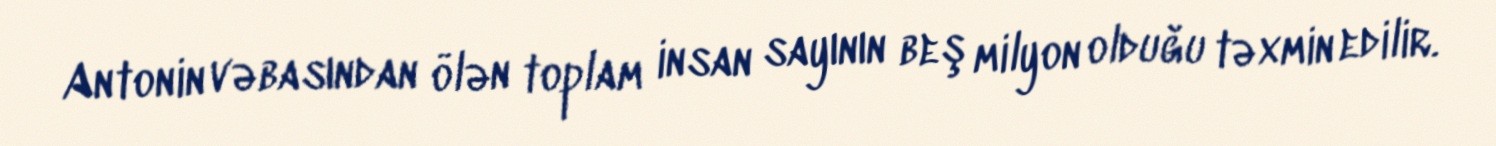
Antonin vəbasından ölən toplam insan sayının beş milyon olduğu təxmin edilir.